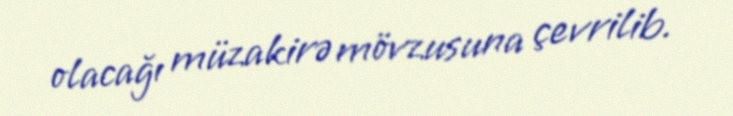
olacağı müzakirə mövzusuna çevrilib.